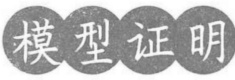
模型证明